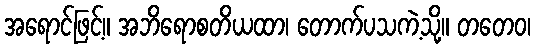
အရောင်ဖြင့်။ အဘိရောစတိယထာ၊ တောက်ပသကဲ့သို့။ တတေဝ၊